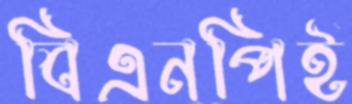
বিএনপিই